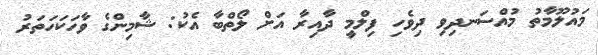
މައުލޫމާތު މުއްސަނދިވި ދިވެހި ފިލްމީ ދާއިރާ އަށް ލޯތްބާ އެކު: ޝާމިންގެ ވާހަކަހަތަރު